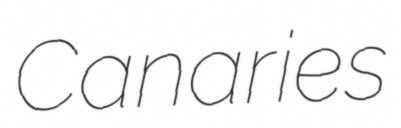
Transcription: Canaries